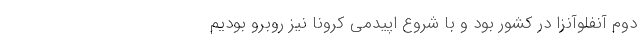
دوم آنفلوآنزا در کشور بود و با شروع اپیدمی کرونا نیز روبرو بودیم